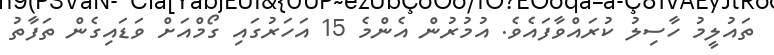
ތައުލީމު ހާސިލު ކުރައްވާފައެވެ. އުމުރުން އެންމެ 15 އަހަރުގައި ގޯމްއަށް ވަޑައިގެން ތަފާތު